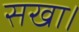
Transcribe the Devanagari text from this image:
सखा।